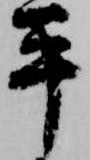
平